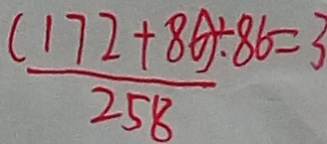
\frac { ( 1 7 2 + 8 6 ) \div 8 6 = 3 } { 2 5 8 }